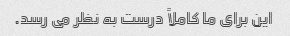
این برای ما کاملاً درست به نظر می رسد.